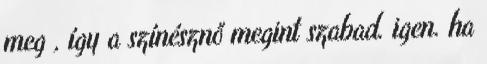
meg , így a színésznő megint szabad. igen. ha